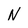
Character: N